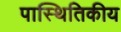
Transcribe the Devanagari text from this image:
पास्थितिकीय